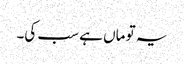
یہ تو ماں ہے سب کی۔